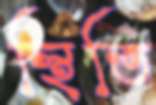
স্থিতি